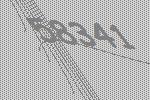
58341